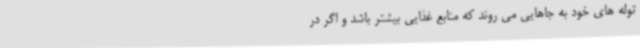
توله های خود به جاهایی می روند که منابع غذایی بیشتر باشد و اگر در